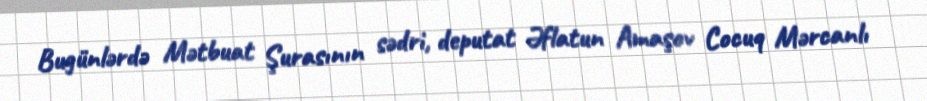
Bugünlərdə Mətbuat Şurasının sədri, deputat Əflatun Amaşov Cocuq Mərcanlı